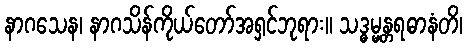
နာဂသေန၊ နာဂသိန်ကိုယ်တော်အရှင်ဘုရား။ သဒ္ဓမ္မန္တရဓာနံတိ၊